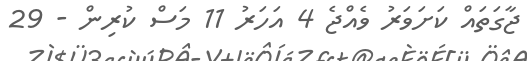
ޖާގަތައް ކަށަވަރު ވެއްޖެ 4 އަހަރު 11 މަސް ކުރިން - 29